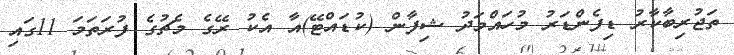
ތަޖުރިބާކާރު ޑިފެންޑަރު މުހައްމަދު ޝިފާން (ކުޑައްޓޭ)އާ އެކު ރޭގެ މެޗުގެ ފުރަތަމަ 11ގައި